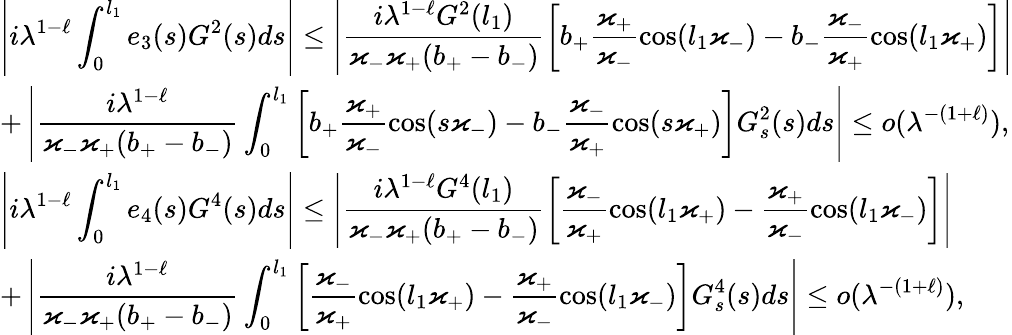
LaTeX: \begin{array}{l}{\displaystyle\left|i{\lambda}^{1-\ell}\int_{0}^{l_{1}}e_{3}(s)G^{2}(s)ds\right|\leq\left|\frac{i{\lambda}^{1-\ell}G^{2}(l_{1})}{\varkappa_{-}\varkappa_{+}(b_{+}-b_{-})}\left[b_{+}\frac{\varkappa_{+}}{\varkappa_{-}}\cos(l_{1}\varkappa_{-})-b_{-}\frac{\varkappa_{-}}{\varkappa_{+}}\cos(l_{1}\varkappa_{+})\right]\right|}\\ {\displaystyle+\left|\frac{i{\lambda}^{1-\ell}}{\varkappa_{-}\varkappa_{+}(b_{+}-b_{-})}\int_{0}^{l_{1}}\left[b_{+}\frac{\varkappa_{+}}{\varkappa_{-}}\cos(s\varkappa_{-})-b_{-}\frac{\varkappa_{-}}{\varkappa_{+}}\cos(s\varkappa_{+})\right]G_{s}^{2}(s)ds\right|\leq o({\lambda}^{-(1+\ell)}),}\\ {\displaystyle\left|i{\lambda}^{1-\ell}\int_{0}^{l_{1}}e_{4}(s)G^{4}(s)ds\right|\leq\left|\frac{i{\lambda}^{1-\ell}G^{4}(l_{1})}{\varkappa_{-}\varkappa_{+}(b_{+}-b_{-})}\left[\frac{\varkappa_{-}}{\varkappa_{+}}\cos(l_{1}\varkappa_{+})-\frac{\varkappa_{+}}{\varkappa_{-}}\cos(l_{1}\varkappa_{-})\right]\right|}\\ {\displaystyle+\left|\frac{i{\lambda}^{1-\ell}}{\varkappa_{-}\varkappa_{+}(b_{+}-b_{-})}\int_{0}^{l_{1}}\left[\frac{\varkappa_{-}}{\varkappa_{+}}\cos(l_{1}\varkappa_{+})-\frac{\varkappa_{+}}{\varkappa_{-}}\cos(l_{1}\varkappa_{-})\right]G_{s}^{4}(s)ds\right|\leq o({\lambda}^{-(1+\ell)}),}\end{array}